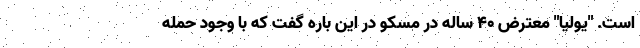
است. "یولیا" معترض 40 ساله در مسکو در این باره گفت که با وجود حمله